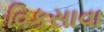
વિકસાવા